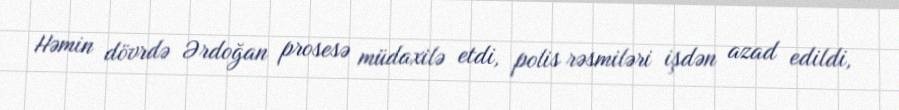
Həmin dövrdə Ərdoğan prosesə müdaxilə etdi, polis rəsmiləri işdən azad edildi,